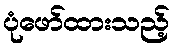
ပုံဖော်ထားသည့်